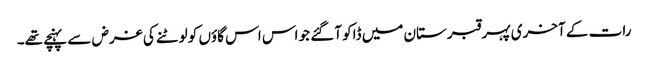
رات کے آخری پہر قبرستان میں ڈاکو آگئے جو اس اس گاؤں کو لوٹنے کی غرض سے پہنچے تھے۔